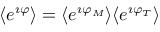
\langle e ^ { \imath \varphi } \rangle = \langle e ^ { \imath \varphi _ { M } } \rangle \langle e ^ { \imath \varphi _ { T } } \rangle